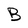
Character: B